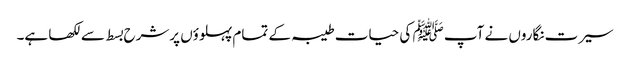
سیرت نگاروں نے آپ ﷺ کی حیات طیبہ کے تمام پہلوؤں پرشرح بسط سےلکھا ہے۔